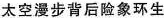
太空漫步背后险象环生